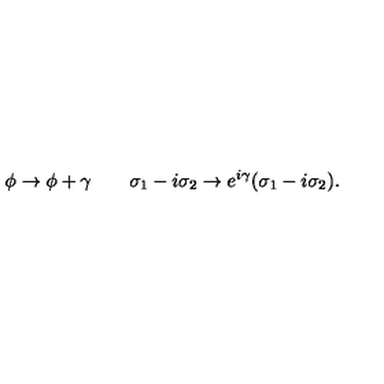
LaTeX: \phi \rightarrow \phi + \gamma \qquad \sigma _ { 1 } - i \sigma _ { 2 } \rightarrow e ^ { i \gamma } ( \sigma _ { 1 } - i \sigma _ { 2 } ) .